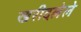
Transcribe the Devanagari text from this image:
खरीदलेले